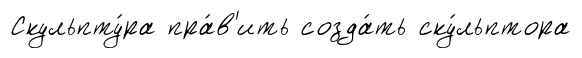
Скульпту́ра пра́в'ить созда́ть ску́льптора